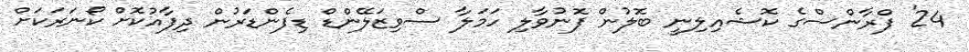
24' ފްރާންސްގެ ކޮޝެއިލިނީ ބޮލުން ފޮނުވާލި ހަމަލާ ސްވިޒަލޭންޑް ޑިފެންޑަރުން ދިފާއުކޮށް ކޯނަރަކަށް